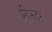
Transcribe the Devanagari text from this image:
मीस्टर